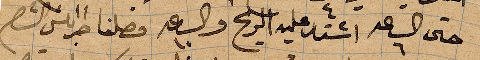
حتى الساعة ٦ اشتد عليه الريح والساعة ١٠ وصلنا طرابلس الشام